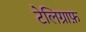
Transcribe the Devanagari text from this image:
टेलिग्राफ़